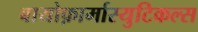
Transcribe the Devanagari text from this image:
बायोफ़ार्मास्युटिकल्स